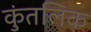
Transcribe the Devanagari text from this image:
कुंतलिक